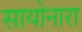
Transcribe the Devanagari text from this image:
सायोनारा